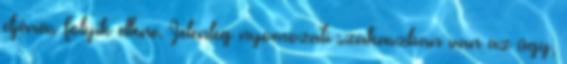
eljárás folyik ellene. Jelenleg nyomozati szakaszban van az ügy,